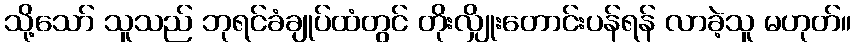
သို့သော် သူသည် ဘုရင်ခံချုပ်ထံတွင် တိုးလျှိုးတောင်းပန်ရန် လာခဲ့သူ မဟုတ်။